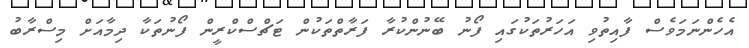
އެހެންނަމަވެސް ފާއިތުވި އަހަރުތަކުގައި ފޯނު ބޭނުންކުރާ ފަރާތްތަކުން ޓަޗްސްކްރީން ފޯނުތަކާ ދިމާއަށް މިސްރާބު